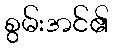
စွမ်းအင်၏